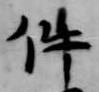
件